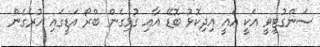
ސަންގުޓީވީ އަކީ އެއީ އިދިކޮޅު ބޮޑޭ އާއި ގުޅިގެން ބްރޯ އަޑީގައި ހުރެގެން